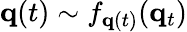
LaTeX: {\mathbf q}(t)\sim f_{{\mathbf q}(t)}({\mathbf q}_{t})